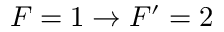
F = 1 \rightarrow { } F ^ { \prime } = 2